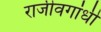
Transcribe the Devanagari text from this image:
राजीवगांधी